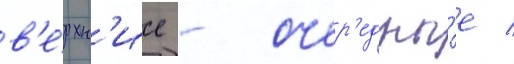
в'е́рхн'ие - очер'едны́е /